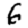
Digit: 6